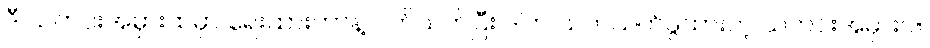
ဒီ သတင်းအမှားထဲမှာ ရေးထားတာနဲ့ ပက်သက်ပြီး ဒါက သက်သက်ဖွထားတဲ့ သတင်းအမှားပါ။